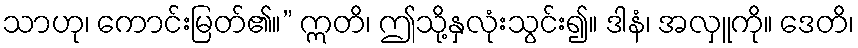
သာဟု၊ ကောင်းမြတ်၏။” ဣတိ၊ ဤသို့နှလုံးသွင်း၍။ ဒါနံ၊ အလှူကို။ ဒေတိ၊